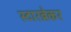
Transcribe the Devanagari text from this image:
स्टारब्रेकर